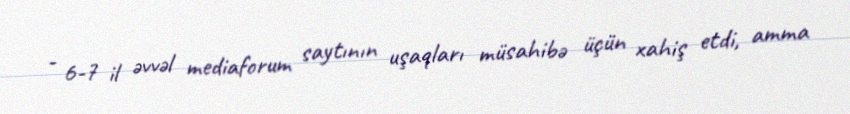
- 6-7 il əvvəl mediaforum saytının uşaqları müsahibə üçün xahiş etdi, amma